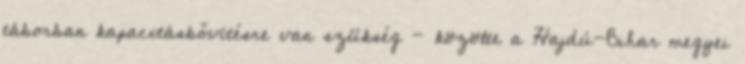
táborban kapacitásbővítésre van szükség - közölte a Hajdú-Bihar megyei